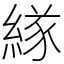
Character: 𦂁